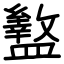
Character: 盭